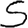
Digit: 5